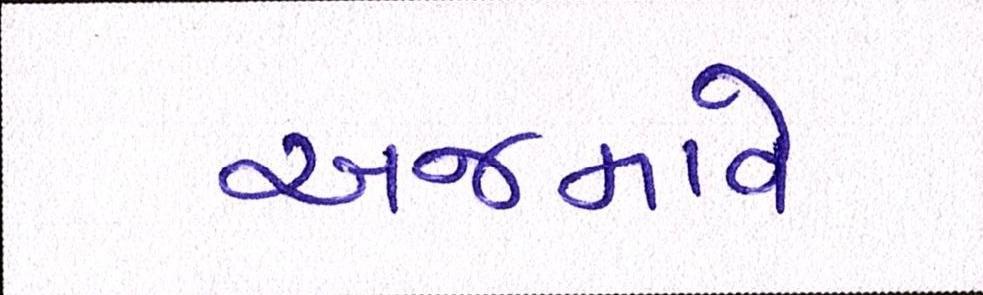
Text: અજમાવે